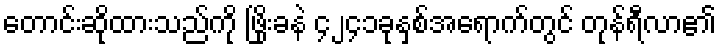
တောင်းဆိုထားသည်ကို ဖြိုးခနဲ ၄၂၄၁ခုနှစ်အရောက်တွင် တုန်ရီလာ၏